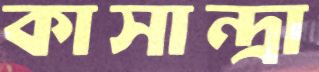
কাসান্দ্রা